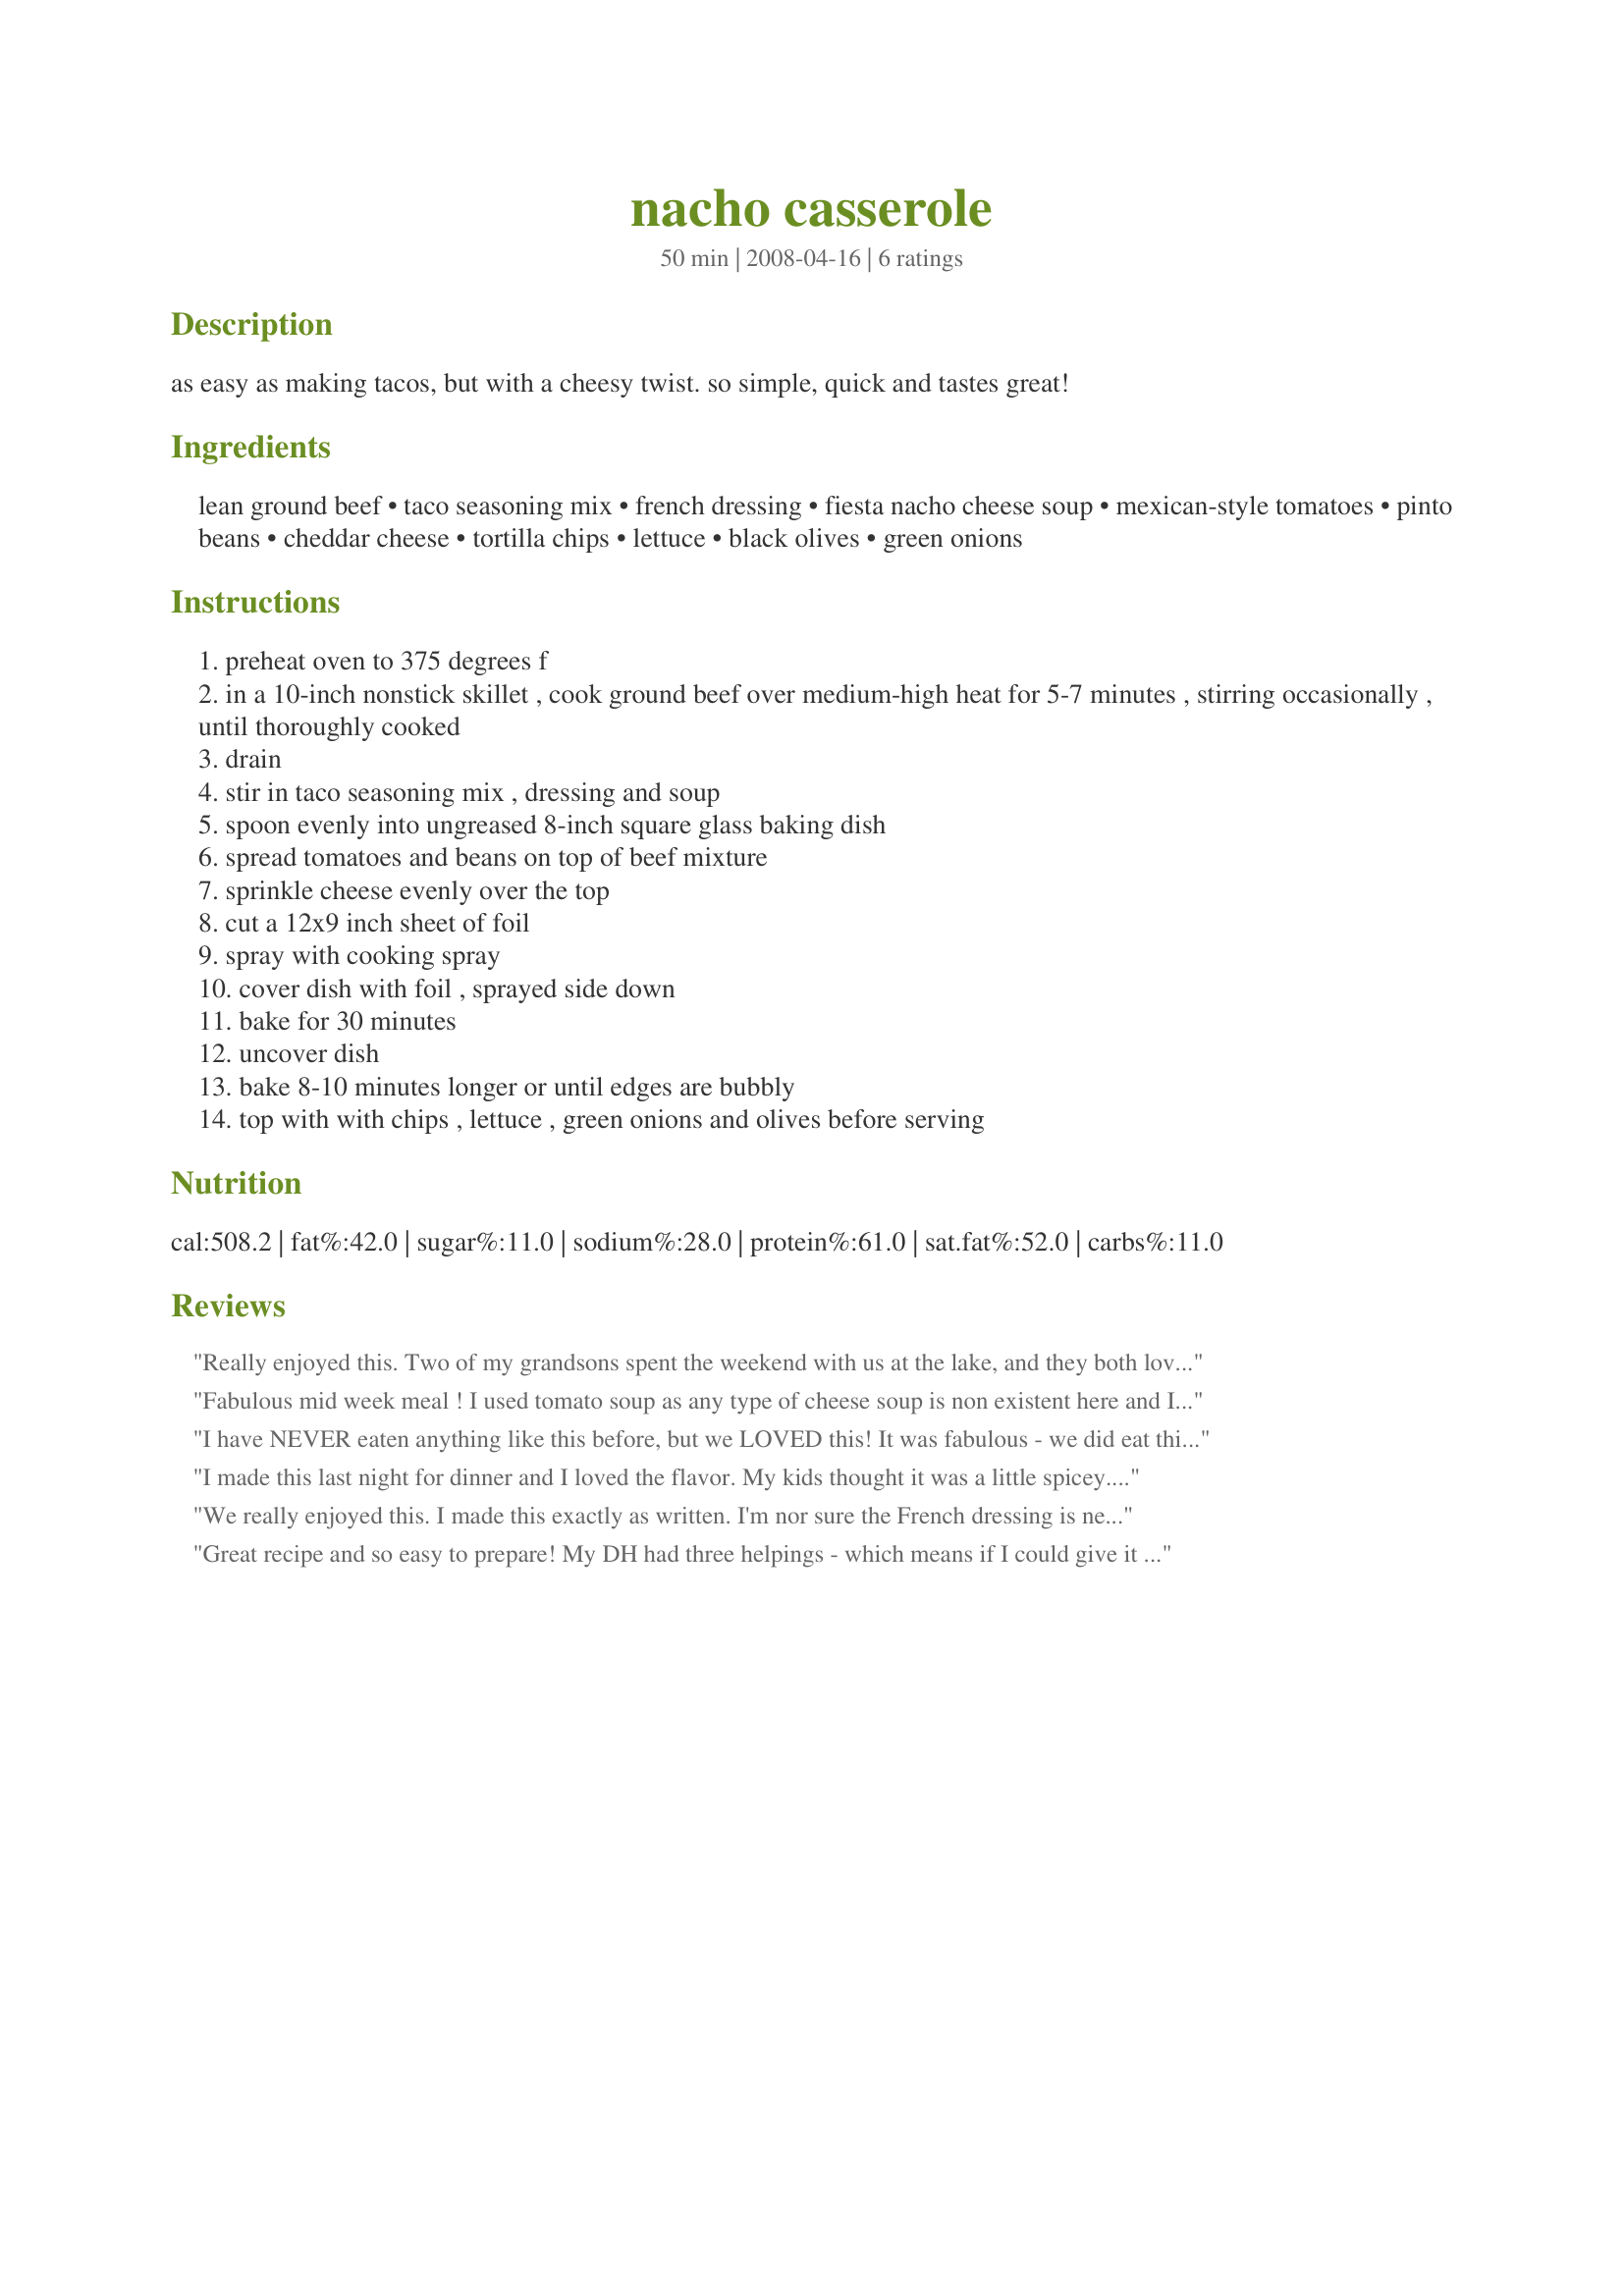
nacho casserole
Preparation time: 50 minutes

as easy as making tacos, but with a cheesy twist. so simple, quick and tastes great!

Ingredients:
lean ground beef, taco seasoning mix, french dressing, fiesta nacho cheese soup, mexican-style tomatoes, pinto beans, cheddar cheese, tortilla chips, lettuce, black olives, green onions

Steps:
preheat oven to 375 degrees f
in a 10-inch nonstick skillet , cook ground beef over medium-high heat for 5-7 minutes , stirring occasionally , until thoroughly cooked
drain
stir in taco seasoning mix , dressing and soup
spoon evenly into ungreased 8-inch square glass baking dish
spread tomatoes and beans on top of beef mixture
sprinkle cheese evenly over the top
cut a 12x9 inch sheet of foil
spray with cooking spray
cover dish with foil , sprayed side down
bake for 30 minutes
uncover dish
bake 8-10 minutes longer or until edges are bubbly
top with with chips , lettuce , green onions and olives before serving

Reviews:
Really enjoyed this. Two of my grandsons spent the weekend with us at the lake, and they both loved this dish...a very rare and unusual occurance. Thanks for the keeper, Chili Spice.
Fabulous mid week meal ! I used tomato soup as any type of cheese soup is non existent here and I used blue organic corn chips so my meal was colourful, that's for sure. Even the 'I don't eat meat' DD enjoyed this meal .
I have NEVER eaten anything like this before, but we LOVED this! It was fabulous - we did eat this with all the salad, olives and onion bits and pieces........and of course the nacho chips! Absolutley 100% scrumptious! I could NOT get nacho cheese soup in France - so I made a nacho cheese dip with beer from Lazyme on Recipezaar, and it worked like a dream! I also had to use kidney beans instead of pinto beans - but everything else was as posted. Made for Aussie/NW Swap #16 - great recipe thanks! FT:-)
I made this last night for dinner and I loved the flavor. My kids thought it was a little spicey. I used mild rotel tomatoes, I couldn't find anything else that would be mexican tomatoes. I will be making this again for sure, thanks so much for posting!
We really enjoyed this. I made this exactly as written. I'm nor sure the French dressing is needed, since I couldn't detect any flavor from it. I think it would taste fine without it. I served this over lettuce and Doritos. The kids used Scoops tortilla chips to scoop up the casserole for a fun, kid-friendly meal. Thanx!
Great recipe and so easy to prepare! My DH had three helpings - which means if I could give it more stars I would! I followed the recipe exactly but next time I may add the nacho chips on the top during the last 10 minutes of baking just to warm up the chips. Thanks for sharing! I make this again and - I used black beans rather than the pinto beans.
